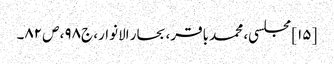
[۱۵] مجلسی، محمد باقر، بحار الانوار، ج‌۹۸، ص‌۸۲۔